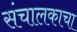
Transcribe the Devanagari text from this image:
संचालकाचा